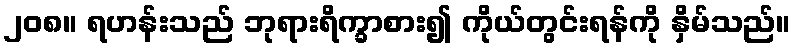
၂၀၈။ ရဟန်းသည် ဘုရားရိက္ခာစား၍ ကိုယ်တွင်းရန်ကို နှိမ်သည်။